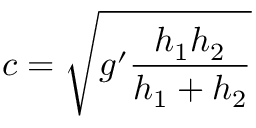
c = \sqrt { g ^ { \prime } \frac { h _ { 1 } h _ { 2 } } { h _ { 1 } + h _ { 2 } } }